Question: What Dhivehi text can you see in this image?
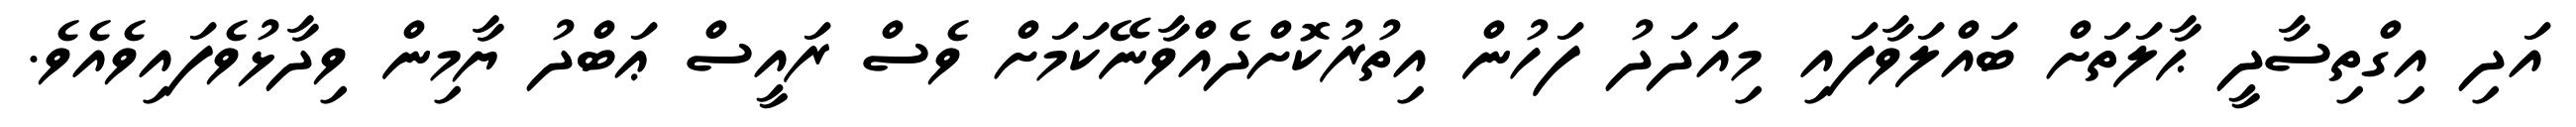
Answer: އަދި އިގްތިސާދީ ޙާލަތަށް ބައްލަވާފައި މިއަދަދު ފަހުން އިތުރުކޮށްދެއްވާނޭކަމަށް ވެސް ރައީސް ޢަބްދު ޔާމިން ވިދާޅުވެފައިވެއެވެ.